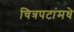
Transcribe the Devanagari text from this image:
चित्रपटांमधे